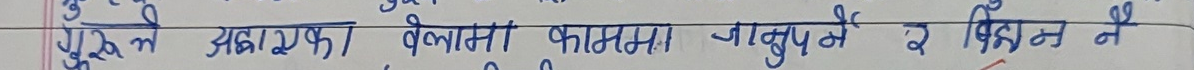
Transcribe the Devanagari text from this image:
गुरुत्व महाम वेलाम कास मा जानुष मे वे विज्ञान ने